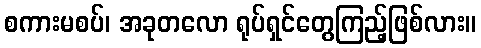
စကားမစပ်၊ အခုတလော ရုပ်ရှင်တွေကြည့်ဖြစ်လား။